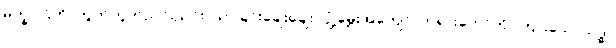
မုက္ခပါဌ်တိ၊ တွတ်တွတ်ညင်းညင်း၊ သာခြင်းချေးချေး၊ ပျံ့မွှေးအကျော်၊ တရားတော်ကို၊ ကြားသော်သဒ္ဓါ၊